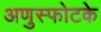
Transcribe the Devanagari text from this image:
अणुस्फोटके